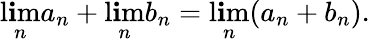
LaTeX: \operatorname*{l\mathbf{i}m}_{n}a_{n}+\operatorname*{l\mathbf{i}m}_{n}b_{n}=\operatorname*{l\mathbf{i}m}_{n}(a_{n}+b_{n}).